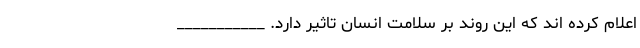
اعلام کرده اند که این روند بر سلامت انسان تاثیر دارد. ___________